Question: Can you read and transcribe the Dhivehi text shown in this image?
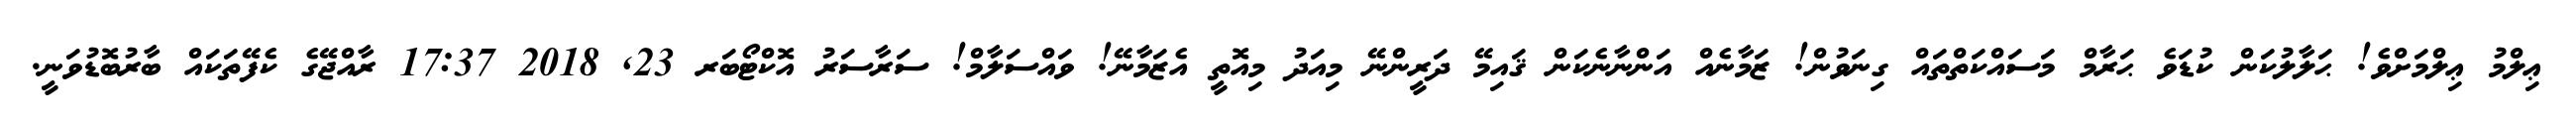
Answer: ޢިލްމު ޢިލްމަށްވެ! ޙަލާލުކަން ކުޑަވެ ޙަރާމް މަސައްކަތްތައް ގިނަވުން! ޒަމާނެއް އަންނާނެކަން ޤައިމޭ ދަރީންނޭ މިއަދު މިއޮތީ އެޒަމާނޭ! ވައްސަލާމް! ސަރާސަރު އޮކްޓޯބަރ 23, 2018 17:37 ރާއްޖޭގެ ކެފޭތަކައް ބާރުބޮޑުވަނީ.